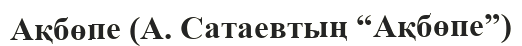
Ақбөпе (А. Сатаевтың “Ақбөпе”)